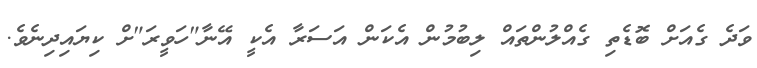
ވަދެ ގެއަށް ބޮޑެތި ގެއްލުންތައް ލިބުމުން އެކަން އަސަރާ އެކީ އޭނާ"ހަވީރަ"ށް ކިޔައިދިނެވެ.